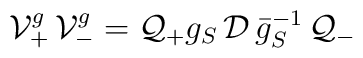
{\cal V}^g_+\,{\cal V}^g_-={\cal Q}_+g_S\,{\cal D}\,\bar g_S^{-1}\, {\cal Q}_-